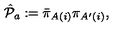
{ \hat { \cal P } } _ { a } : = { \bar { \pi } } _ { A ( i ) } { \pi } _ { A ^ { \prime } ( i ) } ,